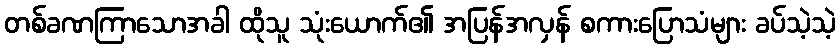
တစ်ခဏကြာသောအခါ ထိုသူ သုံးယောက်၏ အပြန်အလှန် စကားပြောသံများ ခပ်သဲ့သဲ့